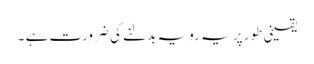
یقینی طور پر یہ رویہ بدلنے کی ضرورت ہے ۔